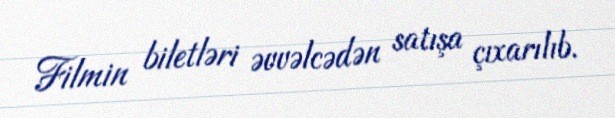
Filmin biletləri əvvəlcədən satışa çıxarılıb.